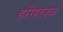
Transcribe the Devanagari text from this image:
हरिहरबुवा